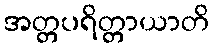
အတ္တပရိတ္တာယာတိ